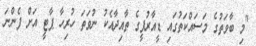
"މި ބާވަތުގެ މަސައްކަތުގައި ޑީއާރުޕީގެ ތާއިދާއެކު ނުވަތަ ހުރިހާ ޕާޓީ އަށް ފެންނަ